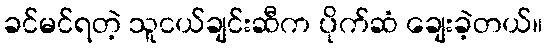
ခင်မင်ရတဲ့ သူငယ်ချင်းဆီက ပိုက်ဆံ ချေးခဲ့တယ်။